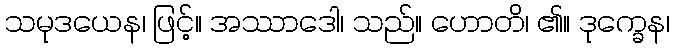
သမုဒယေန၊ ဖြင့်။ အဿာဒေါ၊ သည်။ ဟောတိ၊ ၏။ ဒုက္ခေန၊